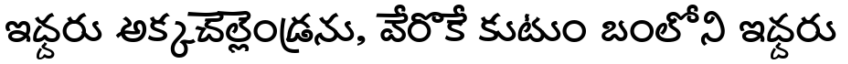
ఇద్దరు అక్కచెల్లెండ్రను, వేరొకే కుటుం బంలోని ఇద్దరు